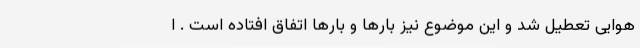
هوایی تعطیل شد و این موضوع نیز بارها و بارها اتفاق افتاده است . ا